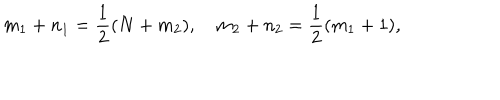
LaTeX: m _ { 1 } + n _ { 1 } = \frac { 1 } { 2 } ( N + m _ { 2 } ) , \quad m _ { 2 } + n _ { 2 } = \frac { 1 } { 2 } ( m _ { 1 } + 1 ) ,